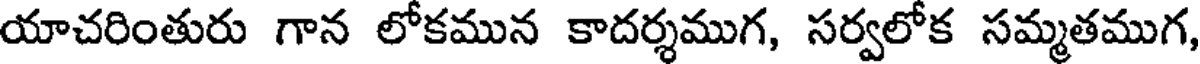
యాచరింతురు గాన లోకమున కాదర్శముగ, సర్వలోక సమ్మతముగ,